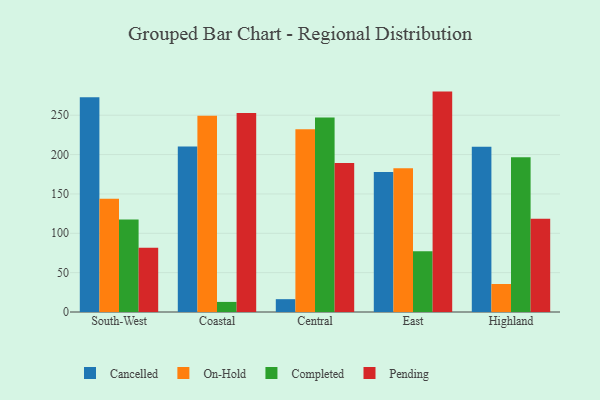
{"axis": {"x": "Region", "y": "Production Output"}, "legend": ["Cancelled", "Completed", "On-Hold", "Pending"], "data": [{"x": "South-West", "y": 272.8, "type": "Cancelled"}, {"x": "South-West", "y": 144.0, "type": "On-Hold"}, {"x": "South-West", "y": 117.4, "type": "Completed"}, {"x": "South-West", "y": 81.5, "type": "Pending"}, {"x": "Coastal", "y": 210.2, "type": "Cancelled"}, {"x": "Coastal", "y": 249.2, "type": "On-Hold"}, {"x": "Coastal", "y": 12.8, "type": "Completed"}, {"x": "Coastal", "y": 252.9, "type": "Pending"}, {"x": "Central", "y": 16.3, "type": "Cancelled"}, {"x": "Central", "y": 232.1, "type": "On-Hold"}, {"x": "Central", "y": 247.1, "type": "Completed"}, {"x": "Central", "y": 189.2, "type": "Pending"}, {"x": "East", "y": 177.8, "type": "Cancelled"}, {"x": "East", "y": 182.7, "type": "On-Hold"}, {"x": "East", "y": 77.1, "type": "Completed"}, {"x": "East", "y": 280.0, "type": "Pending"}, {"x": "Highland", "y": 209.8, "type": "Cancelled"}, {"x": "Highland", "y": 35.6, "type": "On-Hold"}, {"x": "Highland", "y": 196.6, "type": "Completed"}, {"x": "Highland", "y": 118.4, "type": "Pending"}]}